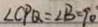
\angle C P Q = \angle B = 9 0